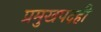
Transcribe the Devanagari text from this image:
प्रमुखपदही